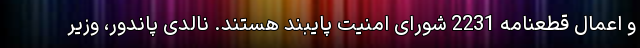
و اعمال قطعنامه 2231 شورای امنیت پایبند هستند. نالدی پاندور، وزیر